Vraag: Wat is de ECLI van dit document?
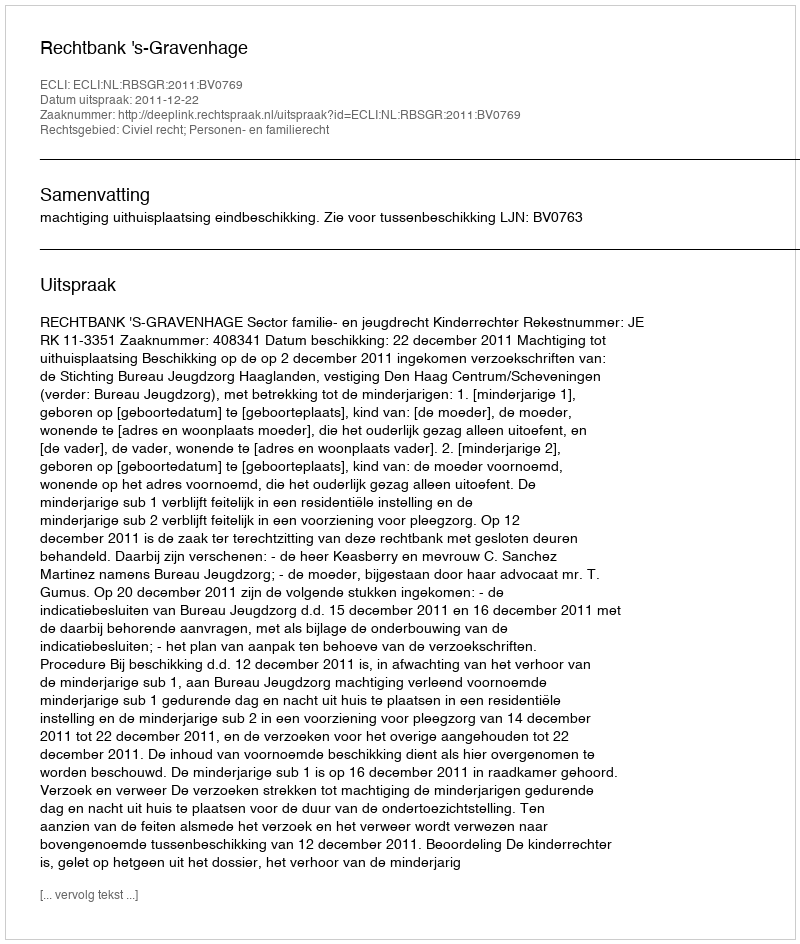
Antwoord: ECLI:NL:RBSGR:2011:BV0769